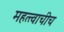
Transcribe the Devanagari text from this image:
महत्त्वाचीच